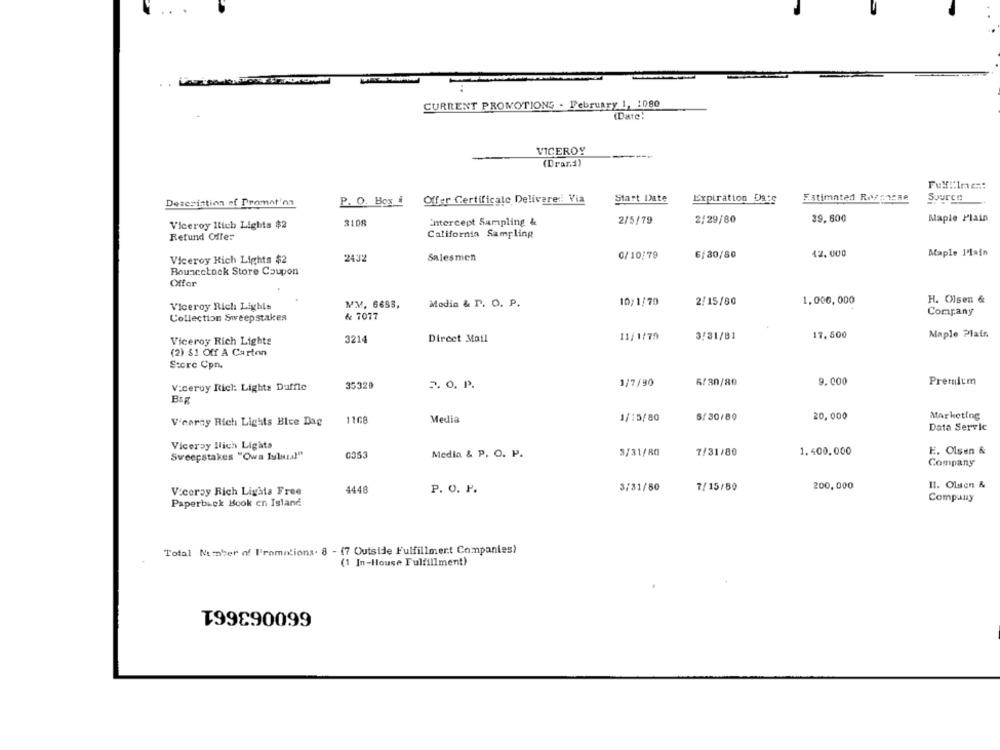
CURRENT PROMOTIONS . February 1, 1080
(Date:
VICEROY
(Drar.d)
Fuy :: 1mc ::
Estimated Ressacae
Description of Promat'on
P. O. Box i
Offer Certificate Delivere: Via
Start Date
Expiration Date
Source
39.600
Viceroy ltich Lights $2
3108
Entercept Sampling &
2/5/79
2/29/80
Maple Plain
Retund Offer
California Sampling
0/10/79
6/30/80
12.000
Maple 1'lain
Viceroy Hich Lights $2
2432
Salesmen
Bouncetack Store Coupon
Offer
10;1/70
2/15/80
1,000,000
H. Olsen &
Viceroy Rich Lights
MM, 6685,
Modia & P. O. P.
& 7077
Company
Collection Sweepstakes
Dircet Mail
11/1/79
3/31/81
17.500
Maple Plain
Viceroy Rich Lights
3214
(2) $1 Off A Carton
Store Cpn.
1/7/80
6/30/80
9.000
Premium
V:ceroy Itich: Lights Duffle
35320
2.0. P.
1108
Media
1/15/80
5/30/80
20,000
Marketing
V'cerny Rich Lights Bice Dag
Data Servic
Viceroy Ilich Lights
E. Olsen &
Sweepstakes "Owa Iulusal"
0353
Media & P. O. P.
3/31/80
7/31/80
1.400.000
Company
3/31/50
7/15/80
200,000
II. Olsen &
Viceroy Rich Lighta Free
4448
P. O. P.
Paperback Book en Island
Company
Total Number of Promotions. 8 - (7 Outside Fulfillmert Companies)
(1 In-House Fulfillment)
T99890099